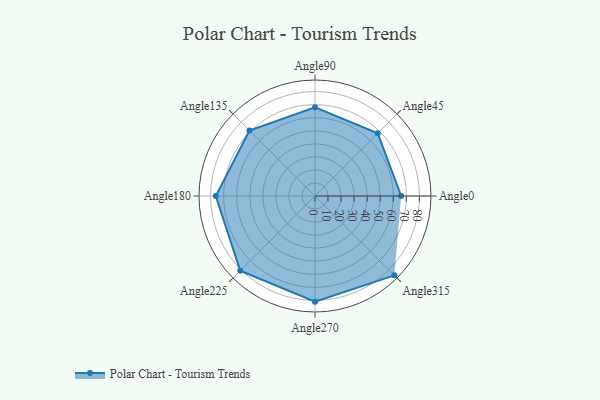
{"axis": {"x": "Angle", "y": "Radius"}, "legend": [""], "data": [{"x": "Angle0", "y": 66.0, "type": ""}, {"x": "Angle45", "y": 68.0, "type": ""}, {"x": "Angle90", "y": 68.0, "type": ""}, {"x": "Angle135", "y": 71.0, "type": ""}, {"x": "Angle180", "y": 76.0, "type": ""}, {"x": "Angle225", "y": 81.0, "type": ""}, {"x": "Angle270", "y": 81.0, "type": ""}, {"x": "Angle315", "y": 86.0, "type": ""}]}